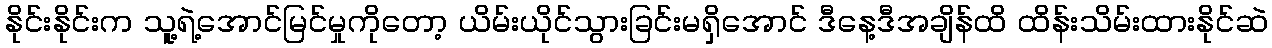
နိုင်းနိုင်းက သူ့ရဲ့အောင်မြင်မှုကိုတော့ ယိမ်းယိုင်သွားခြင်းမရှိအောင် ဒီနေ့ဒီအချိန်ထိ ထိန်းသိမ်းထားနိုင်ဆဲ